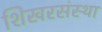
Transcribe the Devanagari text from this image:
शिखरसंस्था